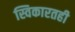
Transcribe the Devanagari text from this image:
स्विकारतही